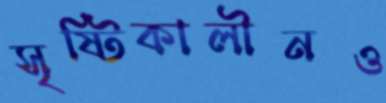
সৃষ্টিকালীনও